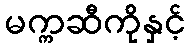
မက္ကဆီကိုနှင့်